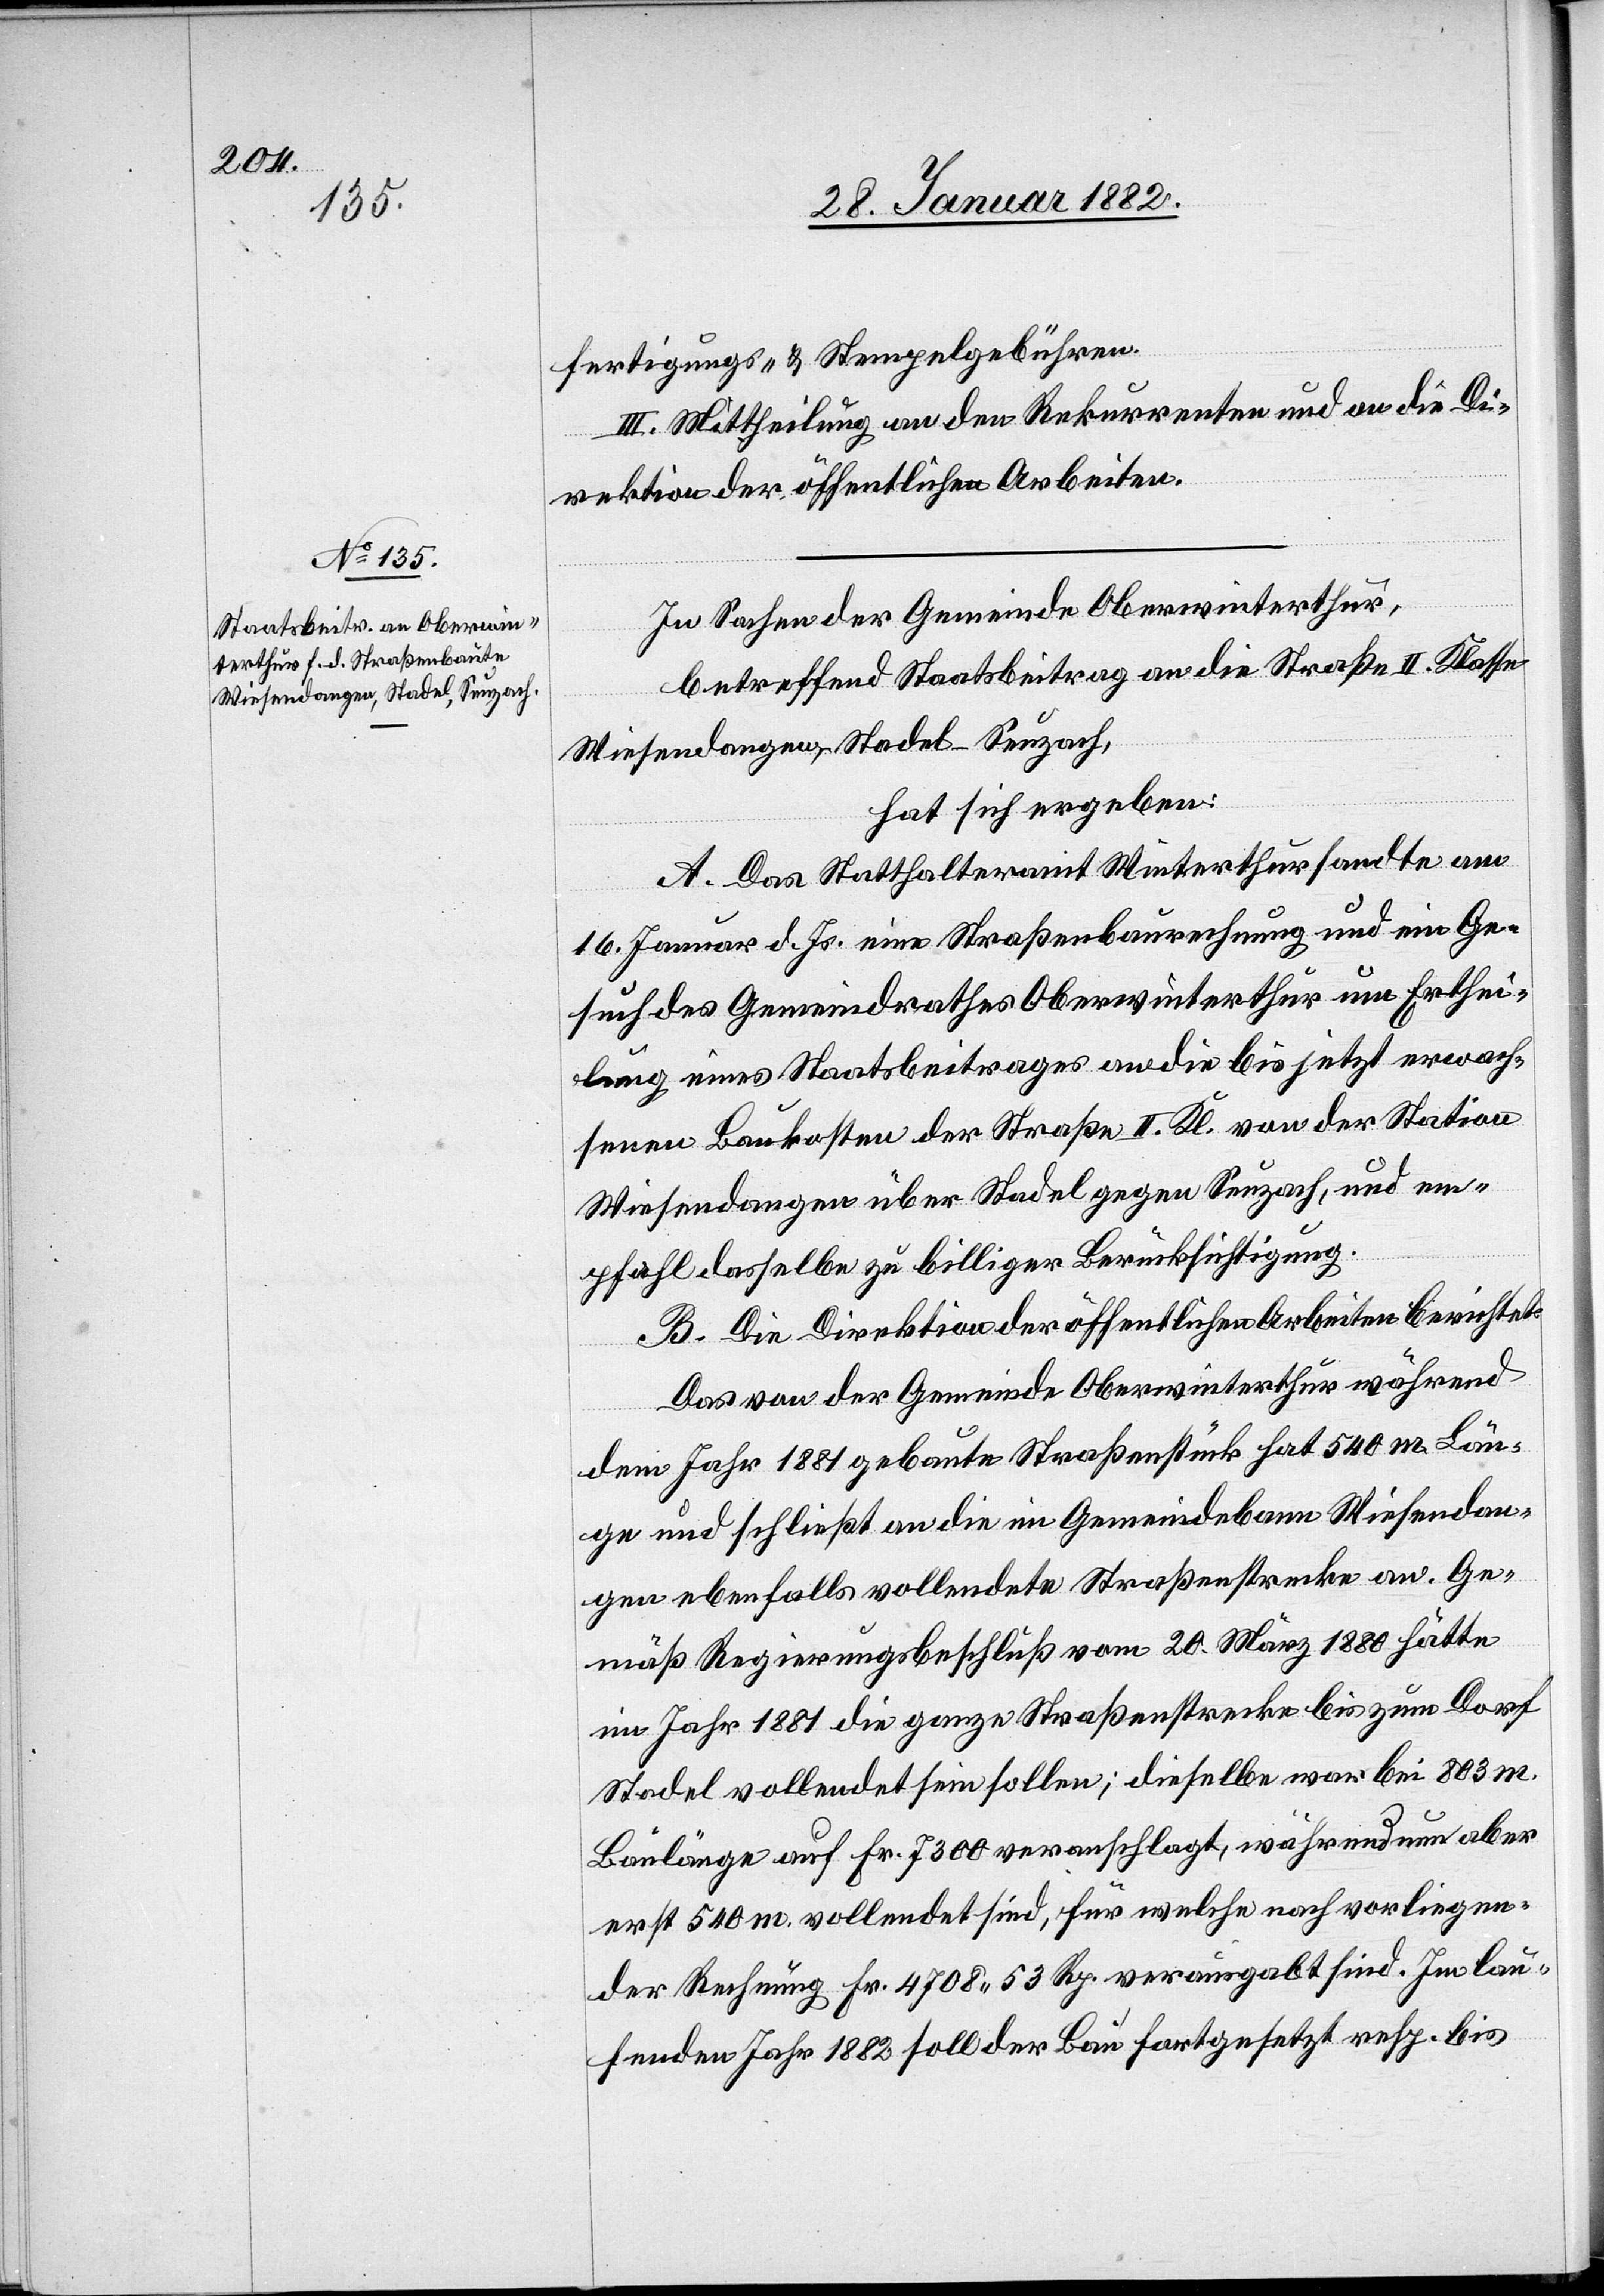
fertigungs- & Stempelgebühren.
III. Mittheilung an den Rekurrenten und an die Di¬
rektion der öffentlichen Arbeiten.
In Sachen der Gemeinde Oberwinterthur,
betreffend Staatsbeitrag an die Straße II. Klasse
Wiesendangen–Stadel–Seuzach,
hat sich ergeben:
A. Das Statthalteramt Winterthur sandte am
16. Januar d. Js. eine Straßenbaurechnung und ein Ge¬
such des Gemeindrathes Oberwinterthur um Erthei¬
lung eines Staatsbeitrages an die bis jetzt erwach¬
senen Baukosten der Straße II. Kl. von der Station
Wiesendangen über Stadel gegen Seuzach, und em¬
pfahl dasselbe zu billiger Berücksichtigung.
B. Die Direktion der öffentlichen Arbeiten berichtet:
Das von der Gemeinde Oberwinterthur während
dem Jahr 1881 gebaute Straßenstück hat 540m Län¬
ge und schließt an die im Gemeindebann Wiesendan¬
gen ebenfalls vollendete Straßenstrecke an. Ge¬
mäß Regierungsbeschluß vom 20. März 1880 hätte
im Jahr 1881 die ganze Straßenstrecke bis zum Dorf
Stadel vollendet sein sollen; dieselbe war bei 803m
Baulänge auf Fr. 7300 veranschlagt, während nun aber
erst 540m vollendet sind, für welche nach vorliegen¬
der Rechnung Fr. 4708 53 Rp. verausgabt sind. Im lau¬
fenden Jahr 1882 soll der Bau fortgesetzt resp. bis